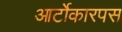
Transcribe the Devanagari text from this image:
आर्टोकारपस